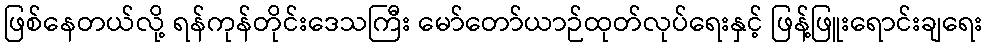
ဖြစ်နေတယ်လို့ ရန်ကုန်တိုင်းဒေသကြီး မော်တော်ယာဉ်ထုတ်လုပ်ရေးနှင့် ဖြန့်ဖြူးရောင်းချရေး